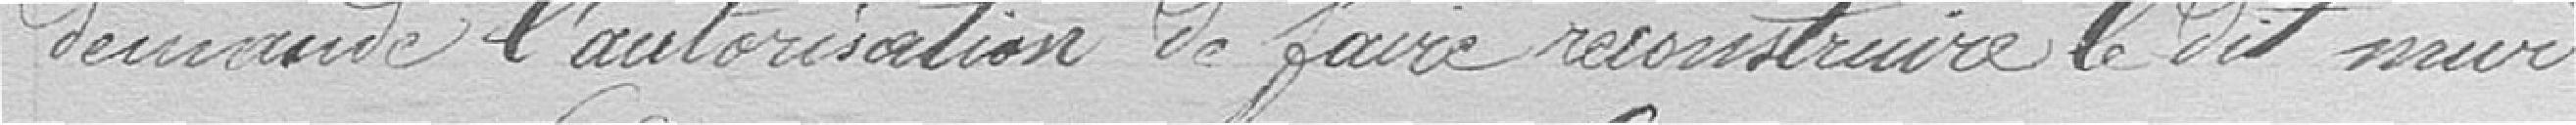
demande l'autorisation de faire reconstruire ledit mur.